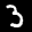
Label: 3